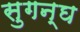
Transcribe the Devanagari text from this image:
सुगन्घ